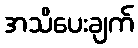
အသိပေးချက်